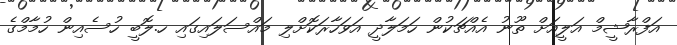
އަފްރާޝީމް އަލީއަށް ތޫނު އެއްޗަކުން ހަމަލާދީ އަވަހާރަކޮށްލި މައްސަލައިގައި ހ.ލޮބީ ހުސެއިން ހުމާމްގެ